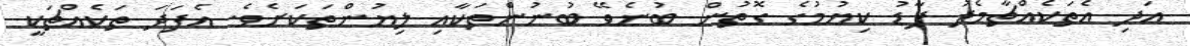
އަދި އެތަކެއްޗާމެދު ފާޑު ކިޔުމުގެ ގޮތުން ބުނެވޭ ބުނުންތަކާއި ލިޔުންތަކަށެވެ. އެފަދަ ތަކެއްޗަކީ